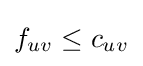
f_{uv}\leq c_{uv}